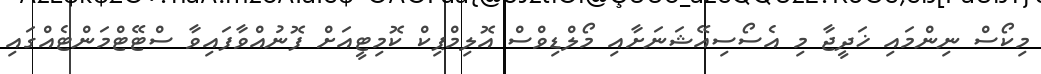
މިކޯސް ނިންމައި ޚަދީޖާ މި އެސޯސިއޭޝަނަށާއި މޯލްޑިވްސް އޮލިމްޕިކް ކޮމިޓީއަށް ފޮނުއްވާފައިވާ ސްޓޭޓްމަންޓެއްގައި